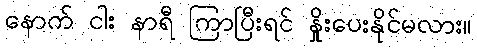
နောက် ငါး နာရီ ကြာပြီးရင် နှိုးပေးနိုင်မလား။